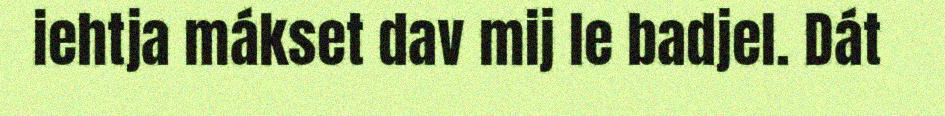
iehtja mákset dav mij le badjel. Dát